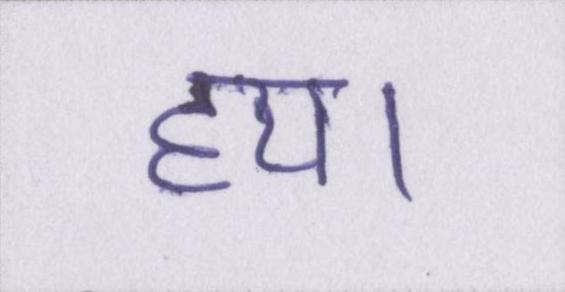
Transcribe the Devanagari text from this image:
हय।